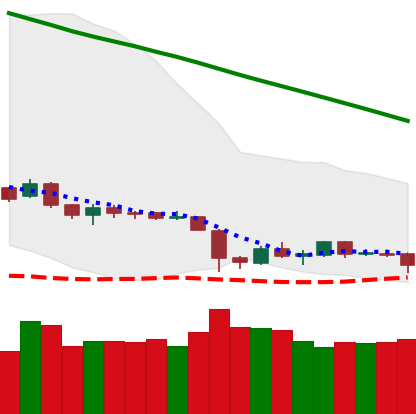
Ticker: ETH-USD
Chart end date: 2019-02-06
Forward return: 15.611%
Label: up_7plus